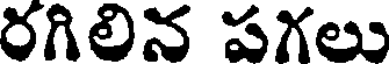
రగిలిన పగలు